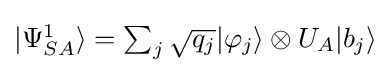
{\textstyle |\Psi _{SA}^{1}\rangle =\sum _{j}{\sqrt {q_{j}}}|\varphi _{j}\rangle \otimes U_{A}|b_{j}\rangle }